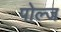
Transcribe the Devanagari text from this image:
पोल्ज